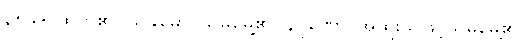
၃၅၉+ ထွက်၏။ သုခုမော၊ သိမ်မွေ့၏။ နိပုဏော၊ အထူးသဖြင့်သိမ်မွေ့၏။